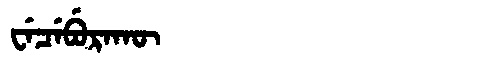
Manchu: ᠸᡝᠴᡝᠪᡠᡵᠠᡴᡡ
Romanization: WECEBURAKŪ